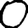
Digit: 0